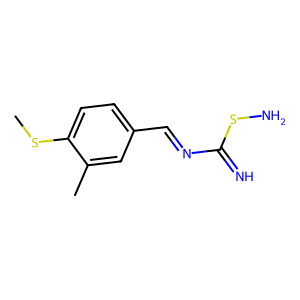
SMILES: CSc1ccc(C=NC(=N)SN)cc1C
Inhibits HIV replication: No